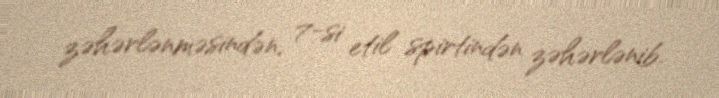
zəhərlənməsindən, 7-si etil spirtindən zəhərlənib.